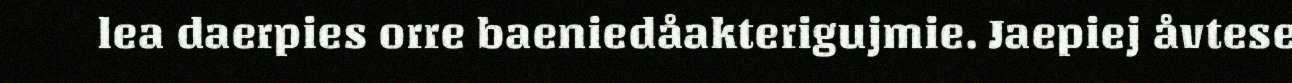
lea daerpies orre baeniedåakterigujmie. Jaepiej åvtese